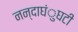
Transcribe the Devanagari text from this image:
नन्दाघंुघटी